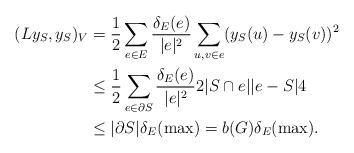
LaTeX: \begin{align*} (Ly_S,y_S)_V&=\frac{1}{2}\sum\limits_{e\in E}\frac{\delta_E(e)}{|e|^2}\sum\limits_{u,v\in e}(y_S(u)-y_S(v))^2\\ &\le\frac{1}{2}\sum\limits_{e\in \partial S}\frac{\delta_E(e)}{|e|^2}2|S\cap e||e-S|4\\ &\le |\partial S|\delta_E(\max)=b(G)\delta_E(\max). \end{align*}